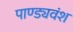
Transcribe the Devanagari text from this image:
पाण्ड्यवंश